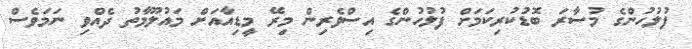
ފުލުހުންގެ މުސާރަ ބޮޑުކުރިކަމަށް ފުލުހުންގެ އިސްވެރިން މިރޭ މީޑިއާއަށް މައުލޫމާތު ދެއްވި ނަމަވެސް